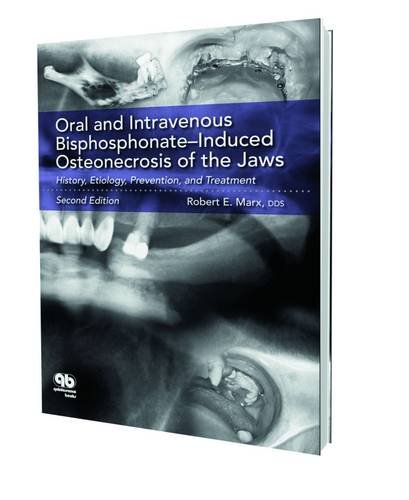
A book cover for Oral and Intravenous Bisphosphonate Induced Osteonecrosis of the Jaws: History, Etiology, Prevention, and Treatment, Second Edition; Robert E. Marx; Medical Books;